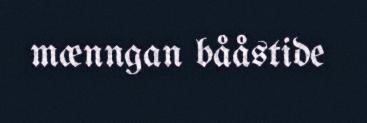
mænngan bååstide